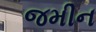
જમીન